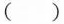
( )